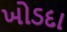
ખોડદા